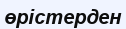
өрістерден